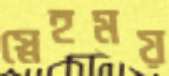
স্নেহময়